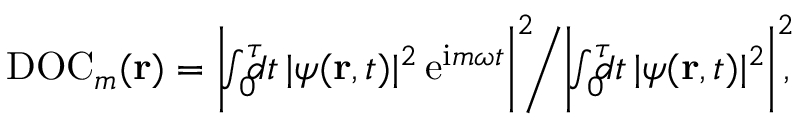
\begin{array} { r } { \mathrm { D O C } _ { m } ( { \bf r } ) = \bigg | \! \! \int _ { 0 } ^ { \tau } \! \! \! \! d t \, | \psi ( { \bf r } , t ) | ^ { 2 } \, \mathrm { e } ^ { \mathrm { i } m \omega t } \bigg | ^ { 2 } \! \! \bigg / \bigg | \! \! \int _ { 0 } ^ { \tau } \! \! \! \! d t \, | \psi ( { \bf r } , t ) | ^ { 2 } \bigg | ^ { 2 } \! \! , } \end{array}